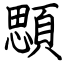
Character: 顋